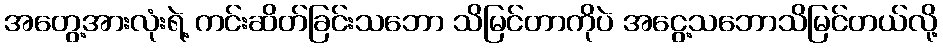
အတွေ့အားလုံးရဲ့ ကင်းဆိတ်ခြင်းသဘော သိမြင်တာကိုပဲ အငွေ့သဘောသိမြင်တယ်လို့